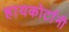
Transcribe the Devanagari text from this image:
हायकोर्टांनी